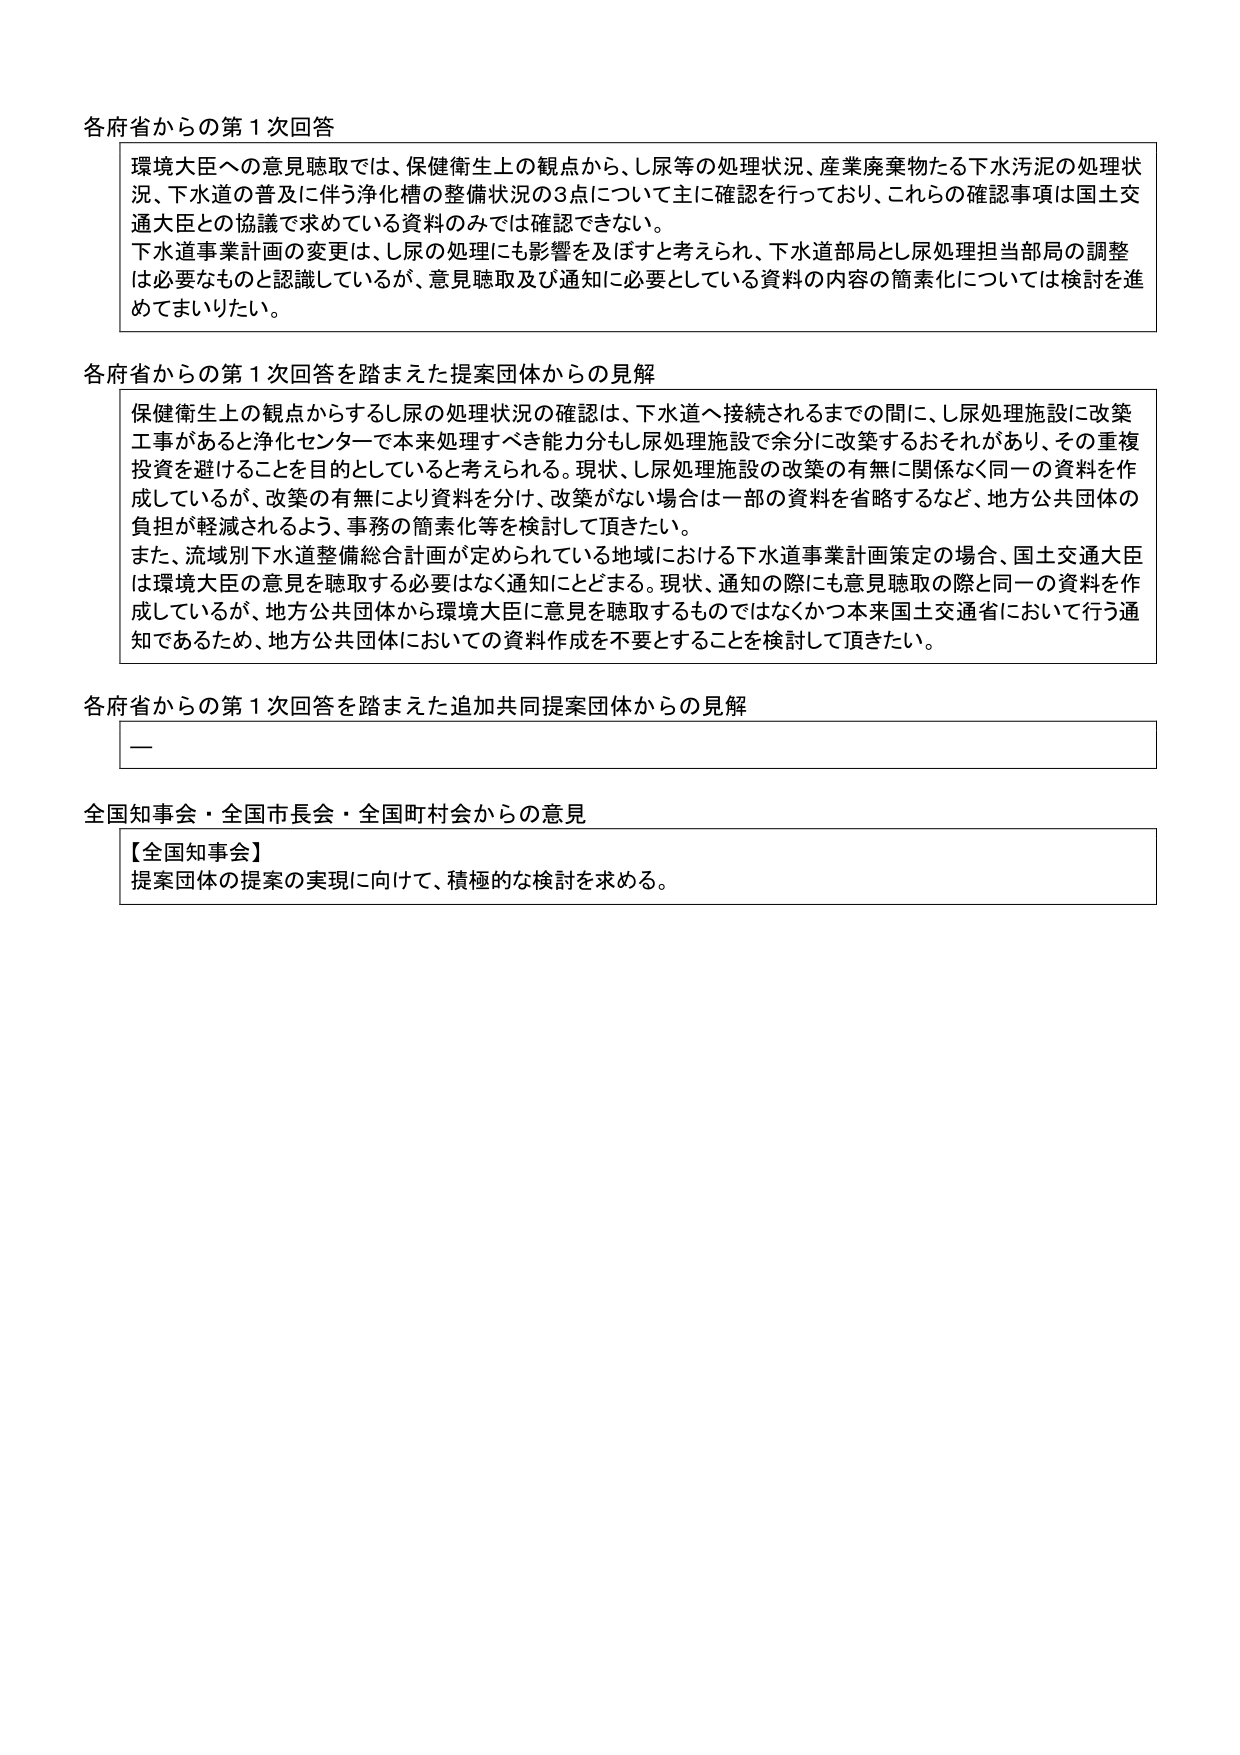
各府省からの第１次回答
環境大臣への意見聴取では、保健衛生上の観点から、し尿等の処理状況、産業廃棄物たる下水汚泥の処理状況、下水道の普及に伴う浄化槽の整備状況の3点について主に確認を行っており、これらの確認事項は国土交通大臣との協議で求めている資料のみでは確認できない。
下水道事業計画の変更は、し尿の処理にも影響を及ぼすと考えられ、下水道部局とし尿処理担当部局の調整は必要なものと認識しているが、意見聴取及び通知に必要としている資料の内容の簡素化については検討を進めてまいりたい。

各府省からの第１次回答を踏まえた提案団体からの見解
保健衛生上の観点からするし尿の処理状況の確認は、下水道へ接続されるまでの間に、し尿処理施設に改築工事があると浄化センターで本来処理すべき能力分もし尿処理施設で余分に改築するおそれがあり、その重複投資を避けることを目的としていると考えられる。現状、し尿処理施設の改築の有無に関係なく同一の資料を作成しているが、改築の有無により資料を分け、改築がない場合は一部の資料を省略するなど、地方公共団体の負担が軽減されるよう、事務の簡素化等を検討して頂きたい。
また、流域別下水道整備総合計画が定められている地域における下水道事業計画策定の場合、国土交通大臣は環境大臣の意見を聴取する必要はなく通知にとどまる。現状、通知の際にも意見聴取の際と同一の資料を作成しているが、地方公共団体から環境大臣に意見を聴取するものではなくかつ本来国土交通省において行う通知であるため、地方公共団体においての資料作成を不要とすることを検討して頂きたい。

各府省からの第１次回答を踏まえた追加共同提案団体からの見解
—

全国知事会・全国市長会・全国町村会からの意見
【全国知事会】
提案団体の提案の実現に向けて、積極的な検討を求める。